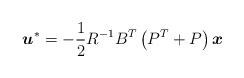
LaTeX: \begin{align*} \boldsymbol{u}^*=- \frac{1}{2} {R}^{-1} B^T\left( P^T +P \right)\boldsymbol{x} \end{align*}